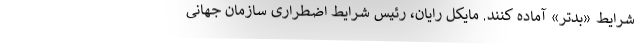
شرایط «بدتر» آماده کنند. مایکل رایان، رئیس شرایط اضطراری سازمان جهانی